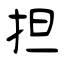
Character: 担